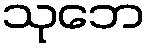
သုဘေ